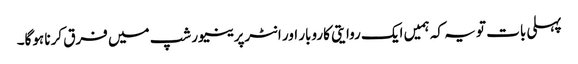
پہلی بات تو یہ کہ ہمیں ایک روایتی کاروبار اور انٹرپرینیورشپ میں فرق کرنا ہوگا۔